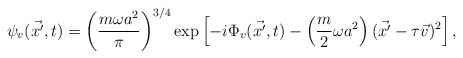
\begin{align*}\psi_v ( \vec {x'}, t) = \left( \frac{m \omega a^2}{\pi} \right)^{3/4} \exp \left[ - i \Phi_v ( \vec {x'}, t ) - \left( \frac{m}{2} \omega a^2 \right) ( \vec {x'} - \tau \vec v )^2 \right],\end{align*}